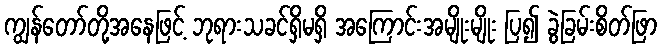
ကျွန်တော်တို့အနေဖြင့် ဘုရားသခင်ရှိမရှိ အကြောင်းအမျိုးမျိုး ပြ၍ ခွဲခြမ်းစိတ်ဖြာ